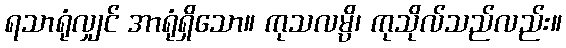
ရသာရုံလျှင် အာရုံရှိသော။ ကုသလမ္ပိ၊ ကုသိုလ်သည်လည်း။